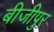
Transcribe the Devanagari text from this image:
बीजीपुर